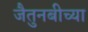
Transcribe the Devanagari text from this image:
जैतुनबीच्या